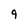
Character: 9